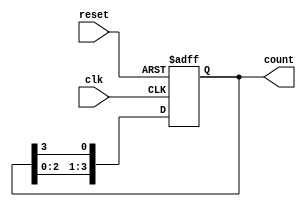
module ring_counter #(parameter N = 4) (
    input wire clk,            // Clock input
    input wire reset,          // Asynchronous reset input
    output reg [N-1:0] count   // Output representing the current state
);

// Initial state
initial begin
    count = 1'b1; // Start with the first flip-flop set to '1'
end

// Always block triggered on the rising edge of the clock or the reset signal
always @(posedge clk or posedge reset) begin
    if (reset) begin
        count <= 1'b1; // Reset to initial state
    end else begin
        // Shift the '1' to the next flip-flop
        count <= {count[N-2:0], count[N-1]}; // Rotate left
    end
end

endmodule